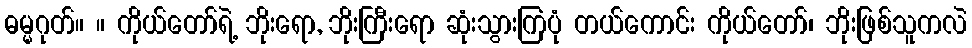
ဓမ္မဂုတ်။ ။ ကိုယ်တော်ရဲ့ ဘိုးရော, ဘိုးကြီးရော ဆုံးသွားကြပုံ တယ်ကောင်း ကိုယ်တော်၊ ဘိုးဖြစ်သူကလဲ